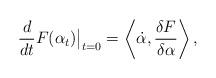
LaTeX: \begin{align*}\frac{d}{d t} F(\alpha_t ) \big |_{t=0} =\left \langle \dot{\alpha} , \frac{\delta F}{\delta \alpha} \right \rangle,\end{align*}